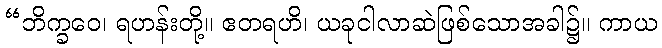
“ဘိက္ခဝေ၊ ရဟန်းတို့။ ဧတရဟိ၊ ယခုငါလာဆဲဖြစ်သောအခါ၌။ ကာယ